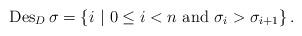
LaTeX: \begin{align*}{\rm Des}_D \, \sigma = \left \{ i \ | \ 0 \leq i < n \ {\rm and} \ \sigma_i > \sigma_{i+1} \right \}.\end{align*}